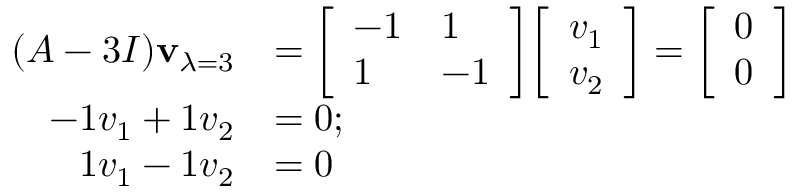
{ \begin{array} { r l } { ( A - 3 I ) \mathbf { v } _ { \lambda = 3 } } & { = { \left[ \begin{array} { l l } { - 1 } & { 1 } \\ { 1 } & { - 1 } \end{array} \right] } { \left[ \begin{array} { l } { v _ { 1 } } \\ { v _ { 2 } } \end{array} \right] } = { \left[ \begin{array} { l } { 0 } \\ { 0 } \end{array} \right] } } \\ { - 1 v _ { 1 } + 1 v _ { 2 } } & { = 0 ; } \\ { 1 v _ { 1 } - 1 v _ { 2 } } & { = 0 } \end{array} }